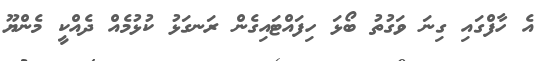
އެ ހާފްގައި ގިނަ ވަގުތު ބޯޅަ ހިފައްޓައިގެން ރަނގަޅު ކުޅުމެއް ދެއްކީ މެންޔޫ